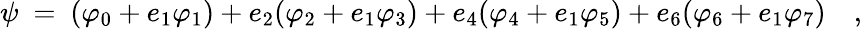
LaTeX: \psi~=~(\varphi_{0}+e_{1}\varphi_{1})+e_{2}(\varphi_{2}+e_{1}\varphi_{3})+e_{4}(\varphi_{4}+e_{1}\varphi_{5})+e_{6}(\varphi_{6}+e_{1}\varphi_{7})\quad,